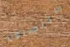
سيتصلون